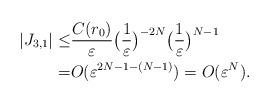
LaTeX: \begin{align*}|J_{3,1}|\leq& \frac{C(r_0)}{\varepsilon}\big(\frac{1}{\varepsilon}\big)^{-2N}\big(\frac{1}{\varepsilon}\big)^{N-1}\\=&O(\varepsilon^{2N-1-(N-1)})=O(\varepsilon^N).\end{align*}